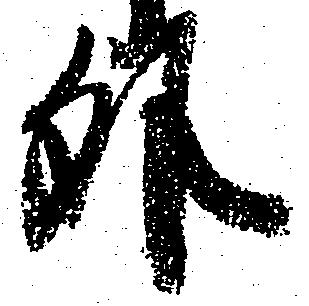
外